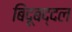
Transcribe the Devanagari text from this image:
बिंदूबद्दल